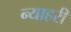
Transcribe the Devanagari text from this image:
न्याहरी